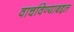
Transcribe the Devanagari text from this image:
वाचविण्याबद्दल